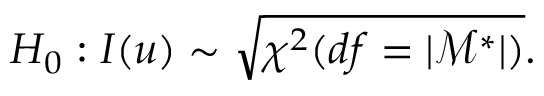
H _ { 0 } : I ( u ) \sim \sqrt { \chi ^ { 2 } ( d f = \lvert \mathcal { M } ^ { * } \rvert ) } .